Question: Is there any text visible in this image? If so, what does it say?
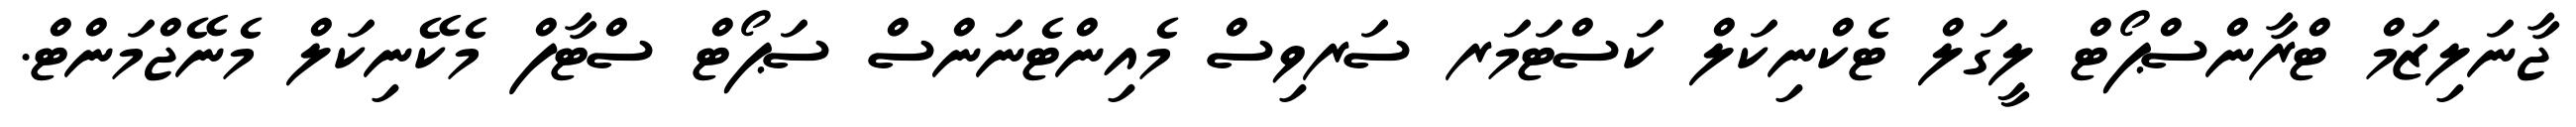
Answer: ޖާނަލިޒަމް ޓްރާންސްޕޯޓް ލީގަލް ޓެކްނިކަލް ކަސްޓަމަރ ސަރވިސް މެއިންޓެނަންސް ސަޕޯޓް ސްޓާފް މެކޭނިކަލް މެނޭޖްމަންޓް.